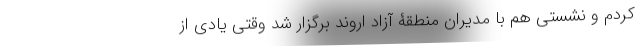
کردم و نشستی هم با مدیران منطقۀ آزاد اروند برگزار شد وقتی یادی از